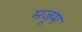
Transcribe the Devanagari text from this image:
मजूम